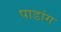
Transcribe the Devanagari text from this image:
पाडांग